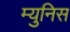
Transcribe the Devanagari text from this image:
म्युनिस